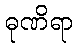
ဓုဏိရာ